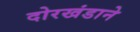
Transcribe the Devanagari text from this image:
दोरखंडाने